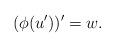
LaTeX: \begin{align*}(\phi(u'))'=w.\end{align*}